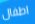
اطفال